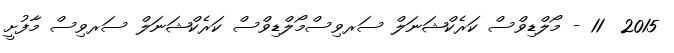
2015  11 - މޯލްޑިވްސް ކަރެކްޝަނަލް ސަރވިސްމޯލްޑިވްސް ކަރެކްޝަނަލް ސަރވިސް މާފުށީ